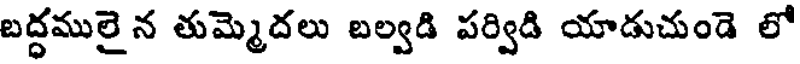
బద్ధములైన తుమ్మెదలు బల్వడి పర్విడి యాడుచుండె లో